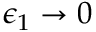
\epsilon _ { 1 } \to 0